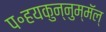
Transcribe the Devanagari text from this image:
प॰हयकुन्नुम्मॅल्